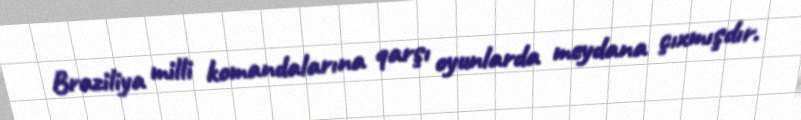
Braziliya milli komandalarına qarşı oyunlarda meydana çıxmışdır.